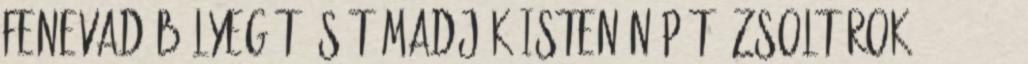
fenevad bélyegét és támadják Isten népét: Zsoltárok 83:-5-8 5